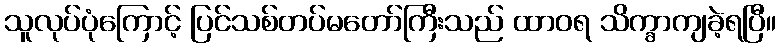
သူလုပ်ပုံကြောင့် ပြင်သစ်တပ်မတော်ကြီးသည် ထာဝရ သိက္ခာကျခဲ့ရပြီ။